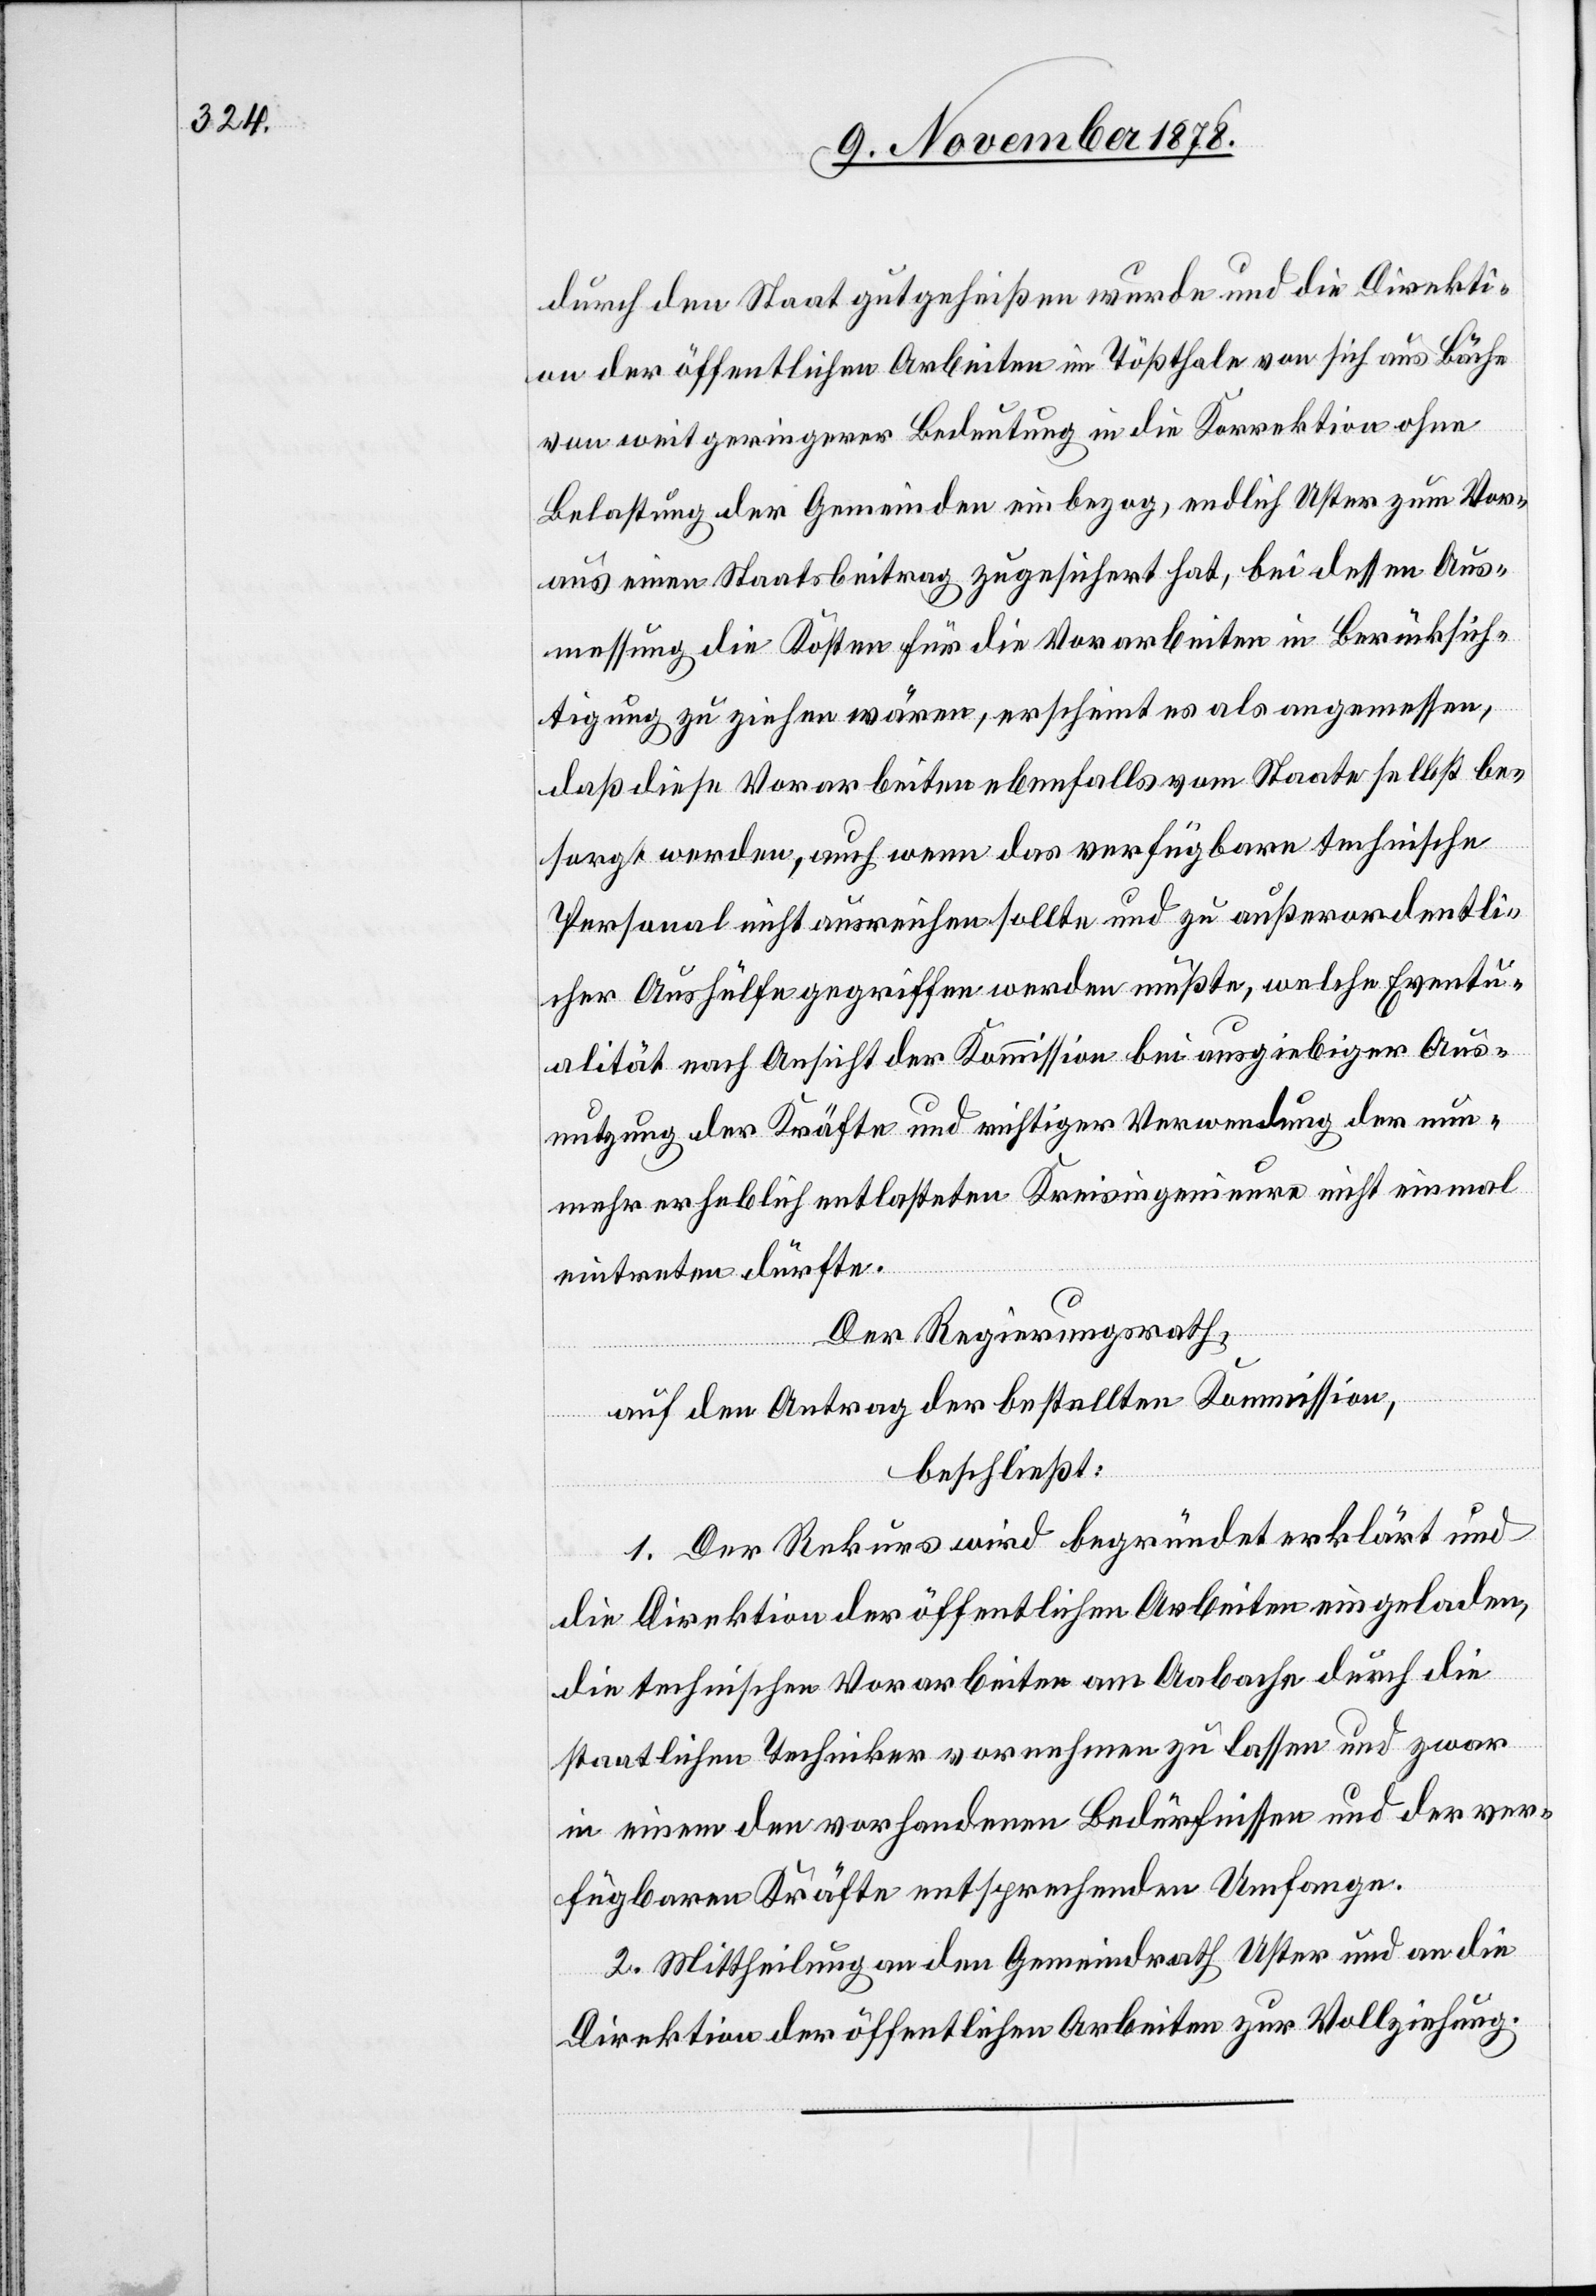
durch den Staat gutgeheißen wurde und die Direkti¬
on der öffentlichen Arbeiten im Tößthale von sich aus Bäche
von weit geringerer Bedeutung in die Korrektion ohne
Belastung der Gemeinden einbezog, endlich Uster zum Vor¬
aus einen Staatsbeitrag zugesichert hat, bei dessen Aus¬
messung die Kosten für die Vorarbeiten in Berücksich¬
tigung zu ziehen wären, erscheint es als angemessen,
daß diese Vorarbeiten ebenfalls vom Staate selbst be¬
sorgt werden, auch wenn das verfügbare technische
Personal nicht ausreichen sollte und zu außerordentli¬
cher Aushülfe gegriffen werden müßte, welche Eventu¬
alität nach Ansicht der Kommission bei ausgiebiger Aus¬
nutzung der Kräfte und richtiger Verwendung der nun¬
mehr erheblich entlasteten Kreisingenieure nicht einmal
eintreten dürfte.
Der Regierungsrath,
auf den Antrag der bestellten Kommission,
beschließt:
1. Der Rekurs wird begründet erklärt und
die Direktion der öffentlichen Arbeiten eingeladen,
die technischen Vorarbeiten am Aabache durch die
staatlichen Techniker vornehmen zu lassen und zwar
in einem den vorhandenen Bedürfnissen und der ver¬
fügbaren Kräfte entsprechenden Umfange.
2. Mittheilung an den Gemeindrath Uster und an die
Direktion der öffentlichen Arbeiten zur Vollziehung.